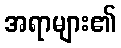
အရာများ၏